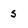
Character: s